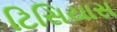
ટિસિયાસ